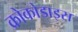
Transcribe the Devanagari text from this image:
क्रोकोडाइस